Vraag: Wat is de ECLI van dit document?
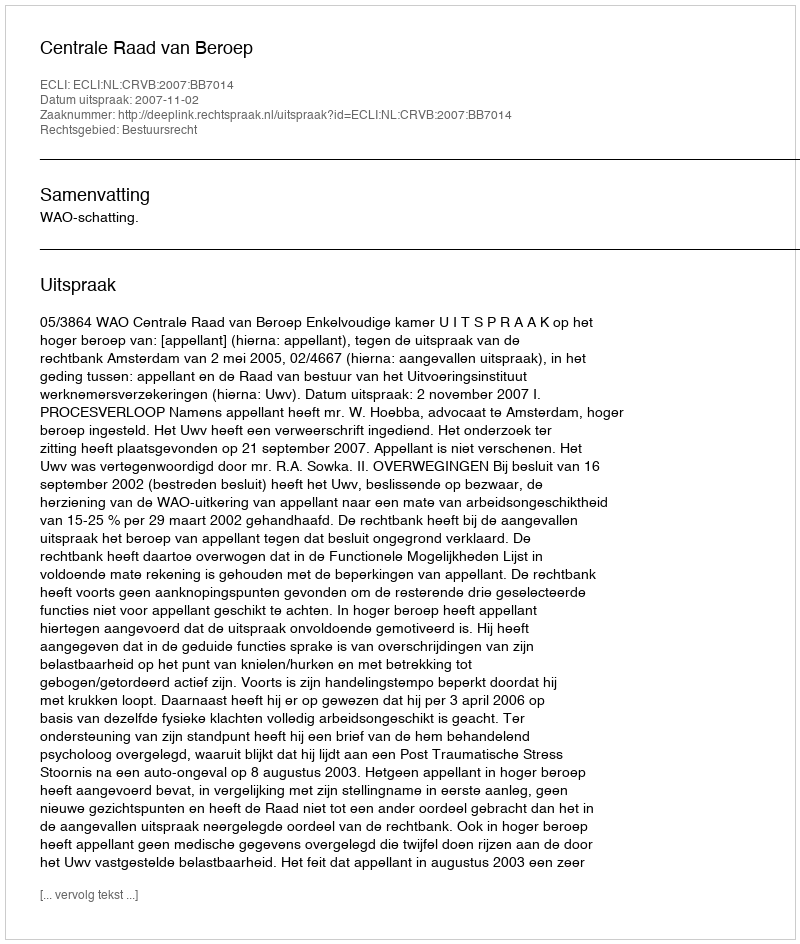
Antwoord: ECLI:NL:CRVB:2007:BB7014